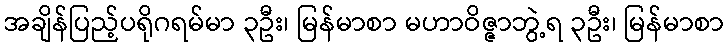
အချိန်ပြည့်ပရိုဂရမ်မာ ၃ဦး၊ မြန်မာစာ မဟာဝိဇ္ဇာဘွဲ့ရ ၃ဦး၊ မြန်မာစာ